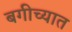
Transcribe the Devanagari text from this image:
बगीच्यात